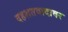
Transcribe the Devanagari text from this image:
दहशतवादावर